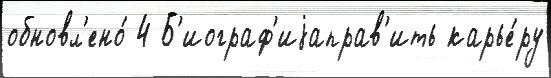
обновл'ено́ 4 Б'иограф'иjаправ'ить карье́ру